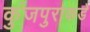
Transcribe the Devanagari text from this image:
कुंजपुराकडे